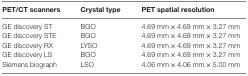
<table><thead><tr><td><b>PET/CT scanners</b></td><td><b>Crystal type</b></td><td><b>PET spatial resolution</b></td></tr></thead><tbody><tr><td>GE discovery ST</td><td>BGO</td><td>4.69 mm × 4.69 mm × 3.27 mm</td></tr><tr><td>GE discovery STE</td><td>BGO</td><td>4.69 mm × 4.69 mm × 3.27 mm</td></tr><tr><td>GE discovery RX</td><td>LYSO</td><td>4.69 mm × 4.69 mm × 3.27 mm</td></tr><tr><td>GE discovery LS</td><td>BGO</td><td>4.69 mm × 4.69 mm × 3.27 mm</td></tr><tr><td>Siemens biograph</td><td>LSO</td><td>4.06 mm × 4.06 mm × 5.00 mm</td></tr></tbody></table>